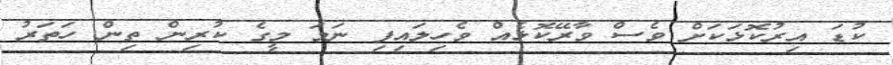
ކުޑަ އިރުކޮޅަކަށް ވެސް ވާރޭކޮޅެއް ވެހިލައިފި ނަމަ މީގެ ކުރިން ތިން ހަތަރު